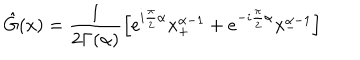
\hat { G } ( x ) = \frac { 1 } { 2 \Gamma ( \alpha ) } \left[ e ^ { i \frac { \pi } { 2 } \alpha } x _ { + } ^ { \alpha - 1 } + e ^ { - i \frac { \pi } { 2 } \alpha } x _ { - } ^ { \alpha - 1 } \right]